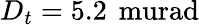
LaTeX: D_{t}=5.2\, \mathrm{\ murad}